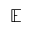
\mathbb { E }